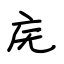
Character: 庑